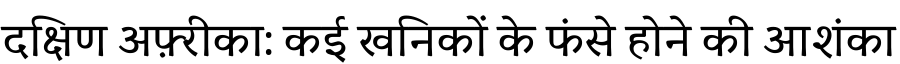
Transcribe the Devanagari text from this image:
दक्षिण अफ़्रीका: कई खनिकों के फंसे होने की आशंका